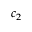
c _ { 2 }